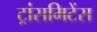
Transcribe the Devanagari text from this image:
ट्रांसमिटेंस